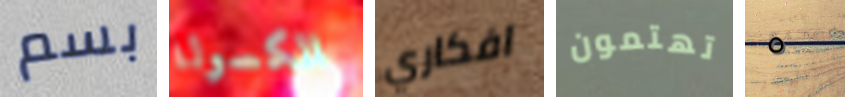
بسم الكسولة افكاري تهتمون ٥